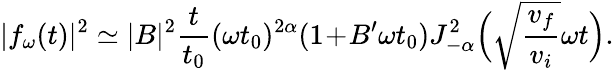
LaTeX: |f_{\omega}(t)|^{2}\simeq|B|^{2}\frac{t}{t_{0}}(\omega t_{0})^{2\alpha}(1\! +\! B^{\prime}\omega t_{0})J_{-\alpha}^{2}\Big(\sqrt{\frac{v_{f}}{v_{i}}}\omega t\Big).